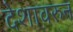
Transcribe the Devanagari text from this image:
देशावरुन